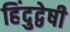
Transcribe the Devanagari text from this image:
हिंदुद्वेषी